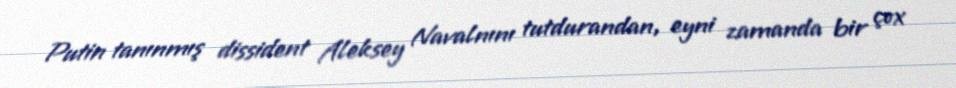
Putin tanınmış dissident Aleksey Navalnını tutdurandan, eyni zamanda bir çox